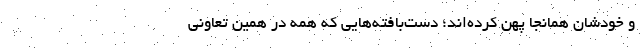
و خودشان همانجا پهن کرده‌اند؛ دست‌بافته‌هایی که همه در همین تعاونی